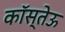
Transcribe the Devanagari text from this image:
कॉस्तेऊ